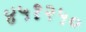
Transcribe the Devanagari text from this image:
४५१२५०